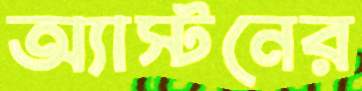
অ্যাস্টনের